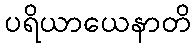
ပရိယာယေနာတိ